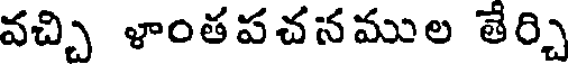
వచ్చి ళాంతపచనముల తేర్చి